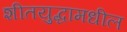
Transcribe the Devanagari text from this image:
शीतयुद्धामधील